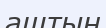
аштың